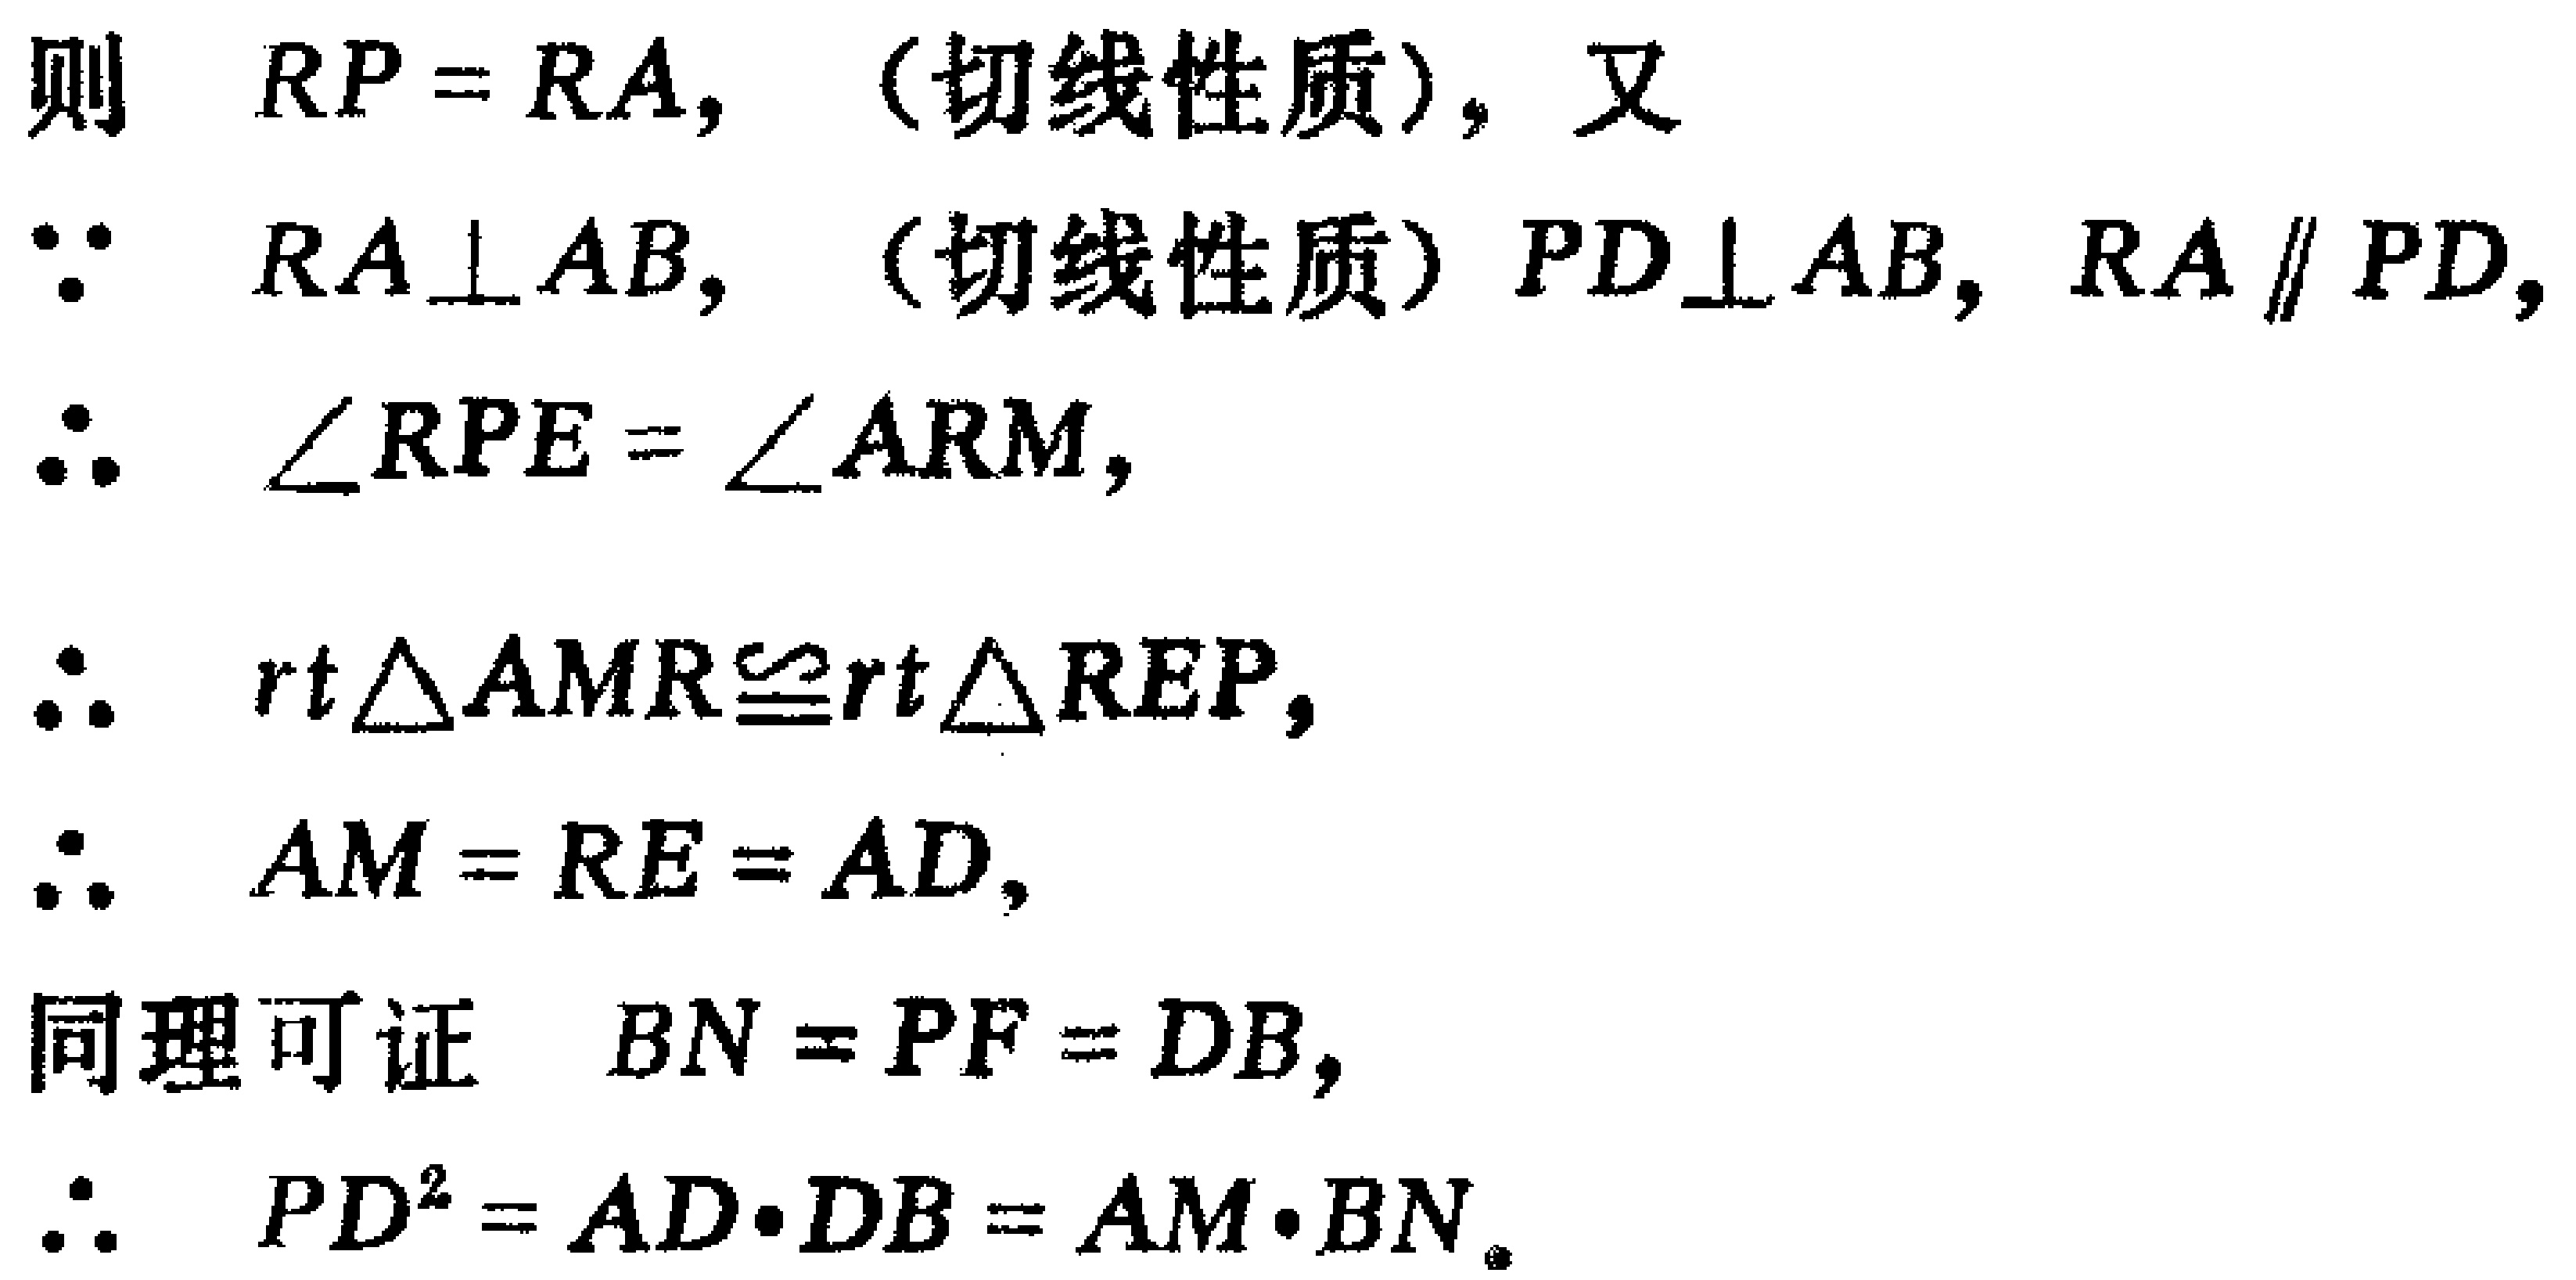
则 \(RP = RA,\)（切线性质），又
\(\because\) \(RA\perp AB,\)（切线性质）\(PD\perp AB,\) \(RA\parallel PD,\)
\(\therefore\) \(\angle RPE=\angle ARM,\)
\(\therefore\) \(rt\triangle AMR\cong rt\triangle REP,\)
\(\therefore\) \(AM = RE = AD,\)
同理可证 \(BN = PF = DB,\)
\(\therefore\) \(PD^{2}=AD\cdot DB = AM\cdot BN\)。